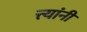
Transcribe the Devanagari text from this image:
त्त्यांनी